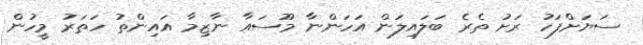
ސަޔަށްފަހު ރަށު ތެރެ ބަލައިލަން އަހަންނާ މޫސައާ ނާޒިމާ އައިންތު ހަތަރު މީހުން